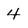
Character: 4